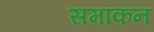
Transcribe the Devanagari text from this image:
समांकन